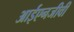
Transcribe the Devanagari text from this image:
आईएनजीवी